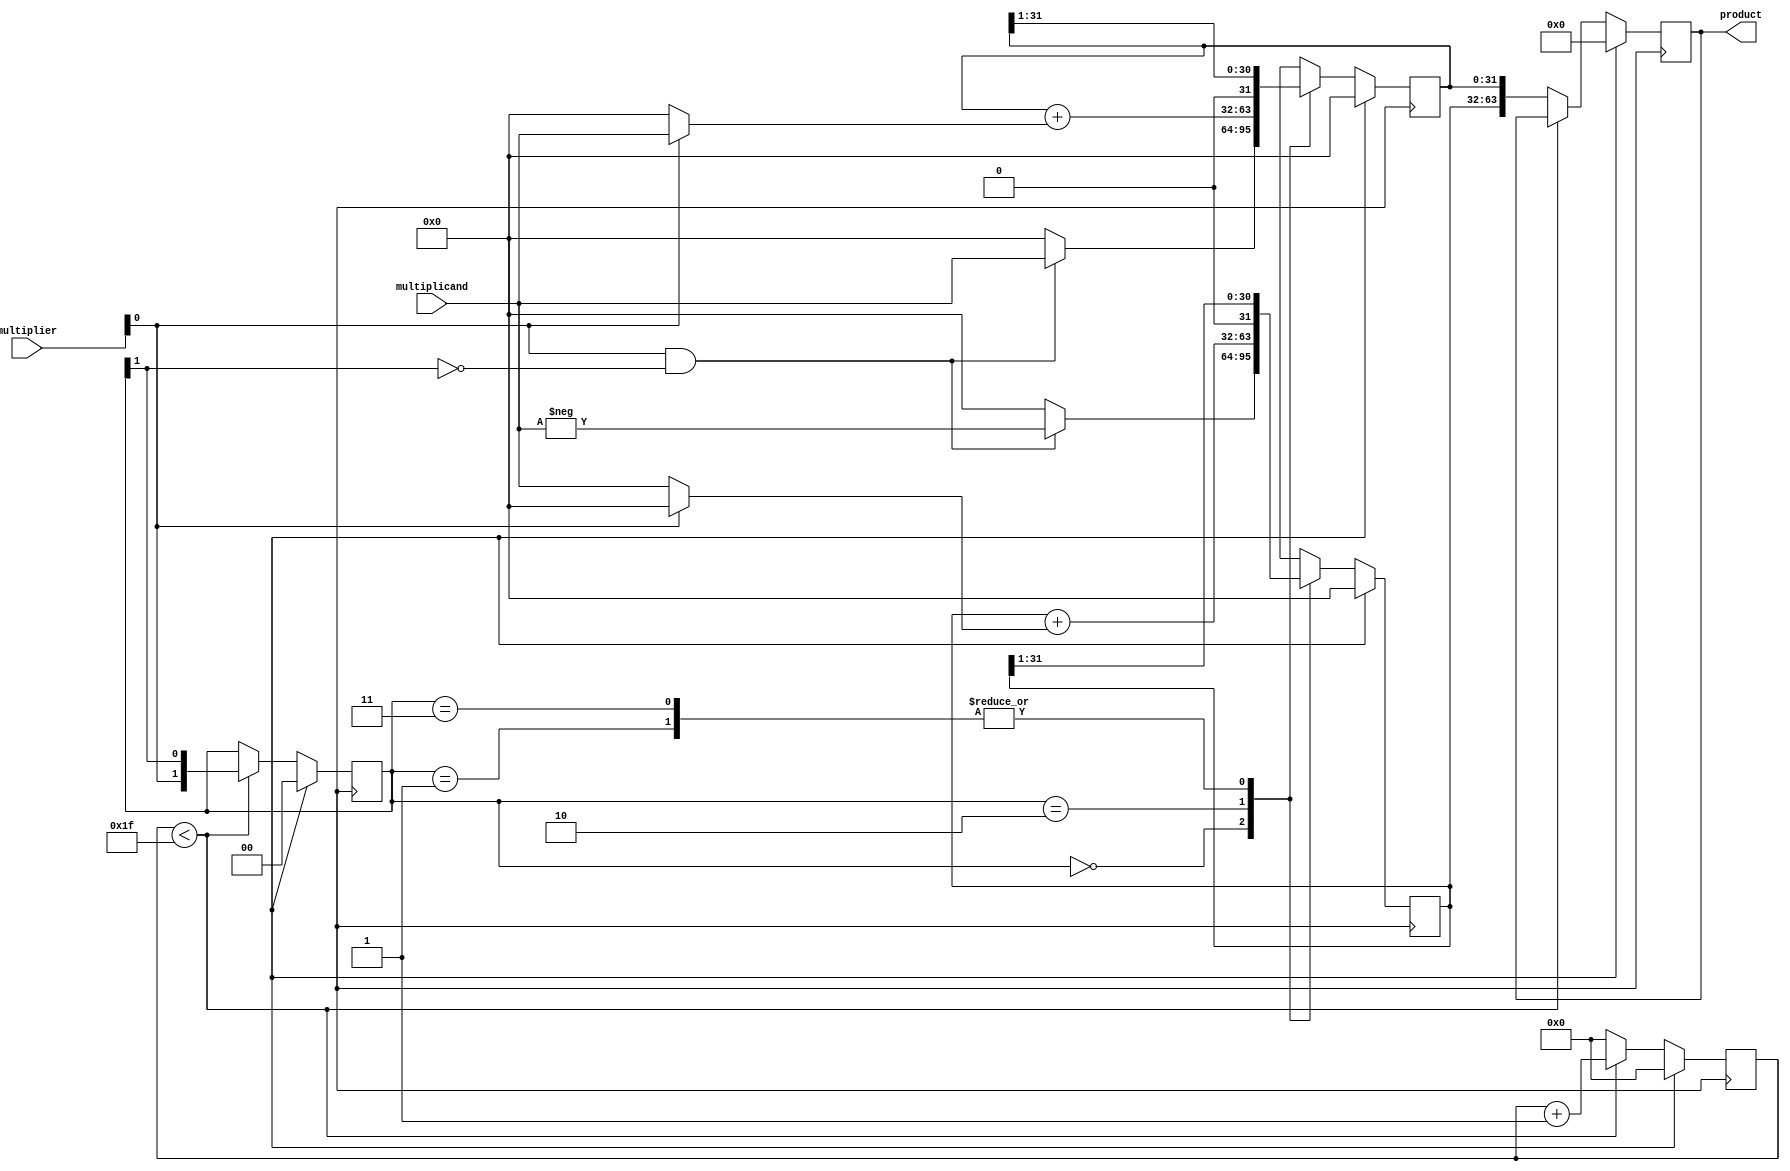
module booth_multiplier(
    input [31:0] multiplicand,
    input [31:0] multiplier,
    output reg [63:0] product
);

reg [31:0] a_reg, s_reg;
reg [1:0] q;
reg [5:0] count;

always @ (posedge clk) begin
    if (reset) begin
        a_reg <= 0;
        s_reg <= 0;
        q <= 0;
        count <= 0;
        product <= 0;
    end else begin
        case (q)
            2'b00: begin
                if (multiplier[0] & ~q[1]) begin
                    a_reg <= multiplicand;
                    s_reg <= -multiplicand;
                end else begin
                    a_reg <= 0;
                    s_reg <= 0;
                end
            end
            2'b01: begin
                a_reg <= a_reg >> 1;
                s_reg <= s_reg >> 1;
            end
            2'b10: begin
                a_reg <= a_reg + (multiplier[0] ? multiplicand : 0);
                s_reg <= s_reg + (multiplier[0] ? 0 : multiplicand);
            end
            2'b11: begin
                a_reg <= a_reg >> 1;
                s_reg <= s_reg >> 1;
            end
        endcase

        if (count < 31) begin
            q <= {multiplier[0], q[1]};
            count <= count + 1;
        end else begin
            product <= {s_reg, a_reg};
            count <= 0;
        end
    end
end

endmodule